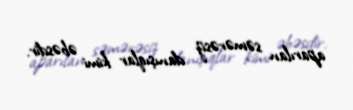
aparılan səmərəsiz danışıqlar kimi əbəsdir.